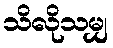
သိလိုသမျှ